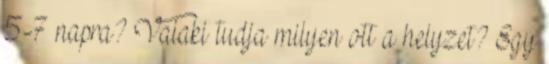
5-7 napra? Valaki tudja milyen ott a helyzet? Egy